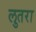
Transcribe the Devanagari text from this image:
लुतरा